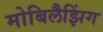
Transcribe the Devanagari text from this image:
मोबिलैझिंग